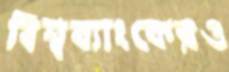
বিশ্বব্যাংকেরও